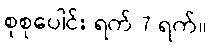
စုစုပေါင်း ရက် 7 ရက်။